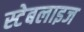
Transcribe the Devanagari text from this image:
स्टेबलाइज